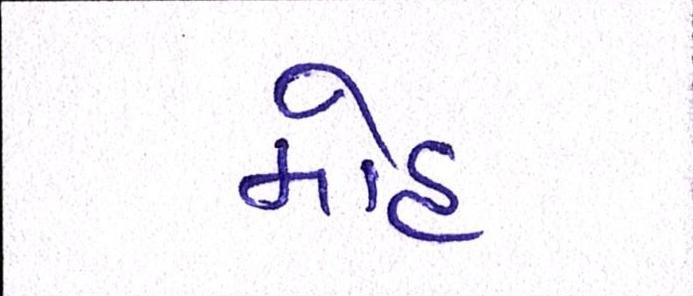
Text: મોહ